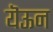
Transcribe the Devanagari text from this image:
यॆऊन